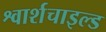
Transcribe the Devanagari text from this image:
श्वार्शचाइल्ड